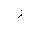
Letter: _zay